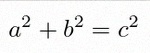
a^2+b^2=c^2